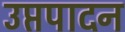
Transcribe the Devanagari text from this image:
उप्तपादन